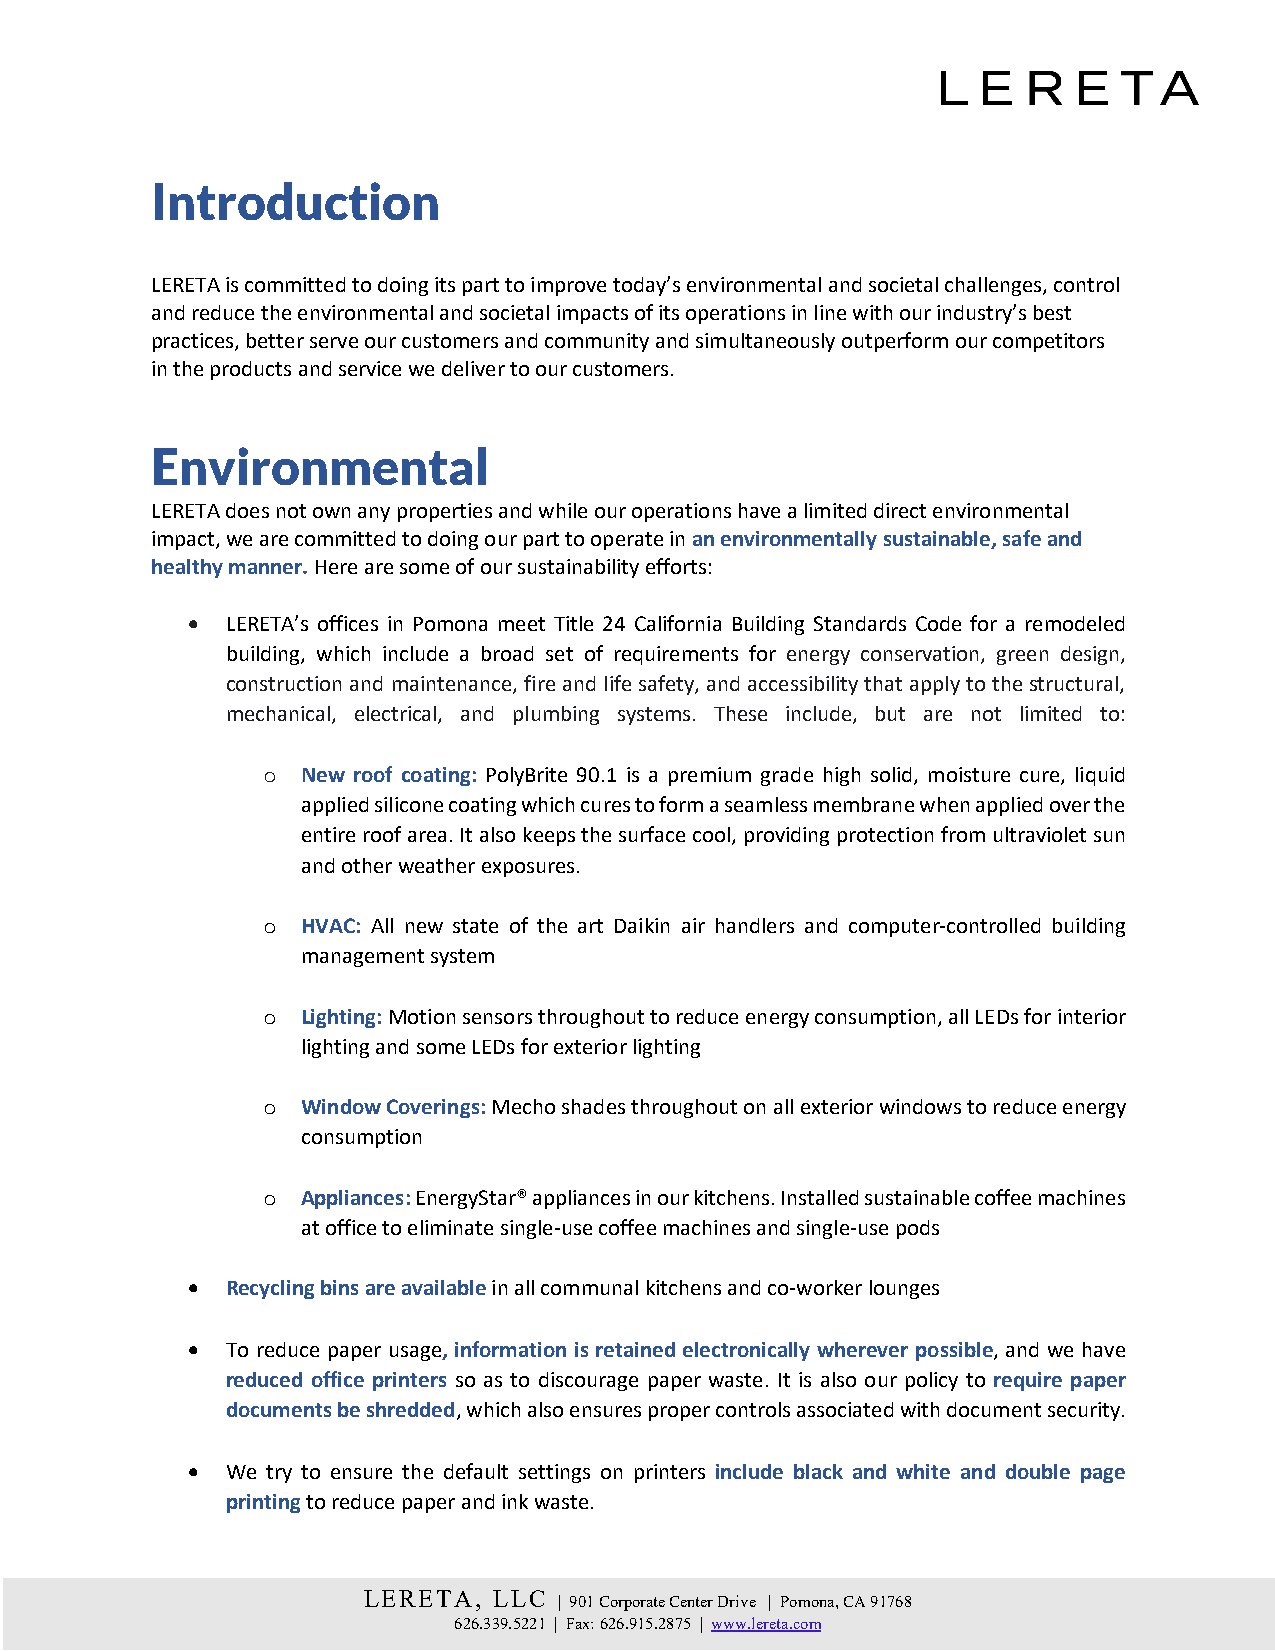
Introduction
 LERETA is committed to doing its part to improve today’s environmental and societal challenges, control
 and reduce the environmental and societal impacts of its operations in line with our industry’s best
 practices, better serve our customers and community and simultaneously outperform our competitors
 in the products and service we deliver to our customers.
 Environmental
 LERETA does not own any properties and while our operations have a limited direct environmental
 impact, we are committed to doing our part to operate in an environmentally sustainable, safe and
 healthy manner. Here are some of our sustainability efforts:
 •  LERETA’s offices in Pomona meet Title 24 California Building Standards Code for a remodeled
 building, which include a broad set of requirements for energy conservation, green design,
 construction and maintenance, fire and life safety, and accessibility that apply to the structural,
 mechanical, electrical, and plumbing systems. These include, but are not limited to:
 o  New roof coating: PolyBrite 90.1 is a premium grade high solid, moisture cure, liquid
 applied silicone coating which cures to form a seamless membrane when applied over the
 entire roof area. It also keeps the surface cool, providing protection from ultraviolet sun
 and other weather exposures.
 o  HVAC: All new state of the art Daikin air handlers and computer-controlled building
 management system
 o  Lighting: Motion sensors throughout to reduce energy consumption, all LEDs for interior
 lighting and some LEDs for exterior lighting
 o  Window Coverings: Mecho shades throughout on all exterior windows to reduce energy
 consumption
 o  Appliances: EnergyStar® appliances in our kitchens. Installed sustainable coffee machines
 at office to eliminate single-use coffee machines and single-use pods
 •  Recycling bins are available in all communal kitchens and co-worker lounges
 •  To reduce paper usage, information is retained electronically wherever possible, and we have
 reduced office printers so as to discourage paper waste. It is also our policy to require paper
 documents be shredded, which also ensures proper controls associated with document security.
 •  We try to ensure the default settings on printers include black and white and double page
 printing to reduce paper and ink waste.
 LERETA,  LLC
 | 901 Corporate Center Drive | Pomona, CA 91768
 626.339.5221 | Fax: 626.915.2875 | www.lereta.com